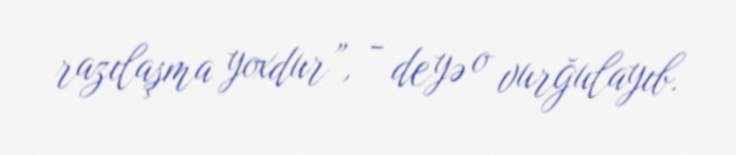
razılaşma yoxdur”, - deyə o vurğulayıb.